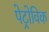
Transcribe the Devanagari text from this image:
पेट्रोविक